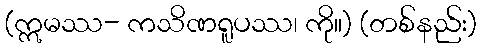
(ဣမဿ- ကသိဏရူပဿ၊ ကို။) (တစ်နည်း)